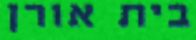
בית אורן